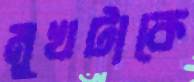
মুখটাকে